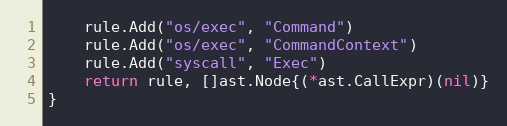
Language: Go
	rule.Add("os/exec", "Command")
	rule.Add("os/exec", "CommandContext")
	rule.Add("syscall", "Exec")
	return rule, []ast.Node{(*ast.CallExpr)(nil)}
}